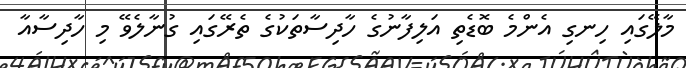
މާލޭގައި ހިނގި އެންމެ ބޮޑެތި އަލިފާނުގެ ހާދިސާތަކުގެ ތެރޭގައި ގުނާލެވޭ މި ހާދިސާއާ